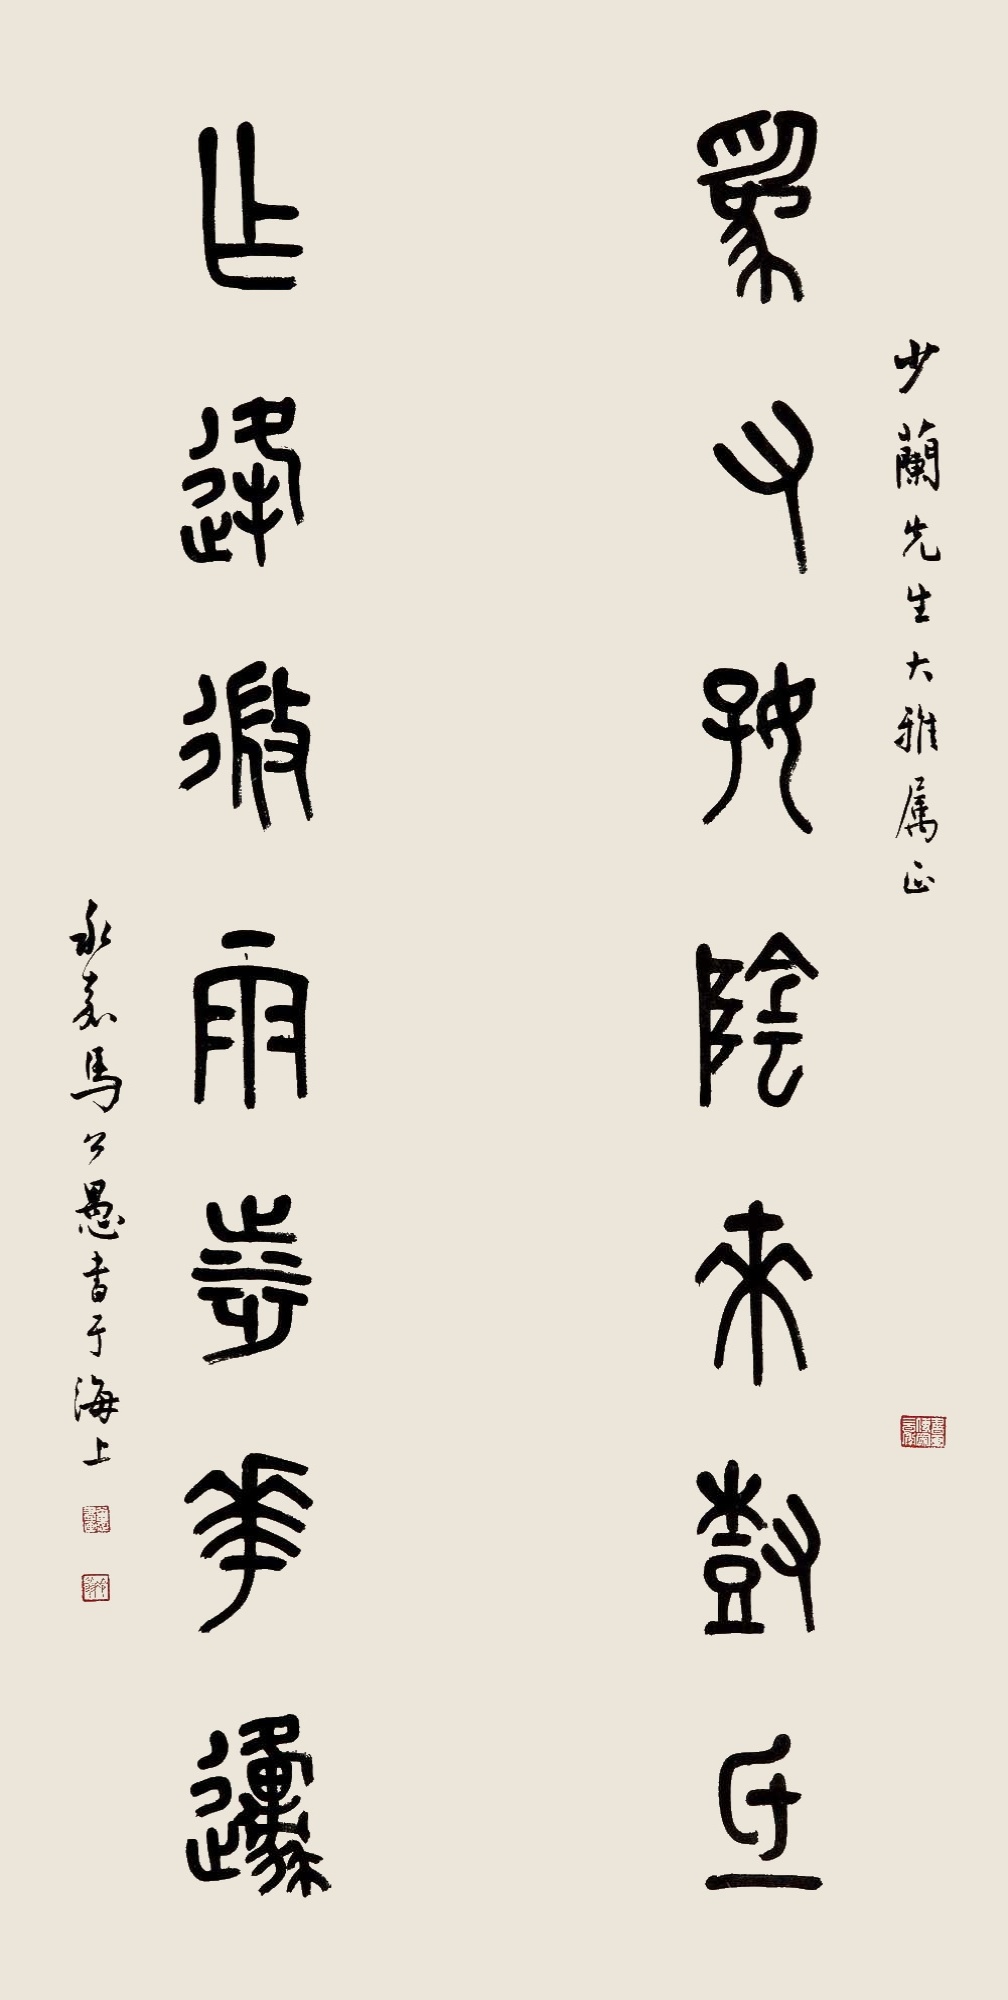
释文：为有好阴来树底，乍逢微雨涉花原。少兰先生大雅属正，永嘉马公愚书于海上。